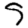
Digit: 5